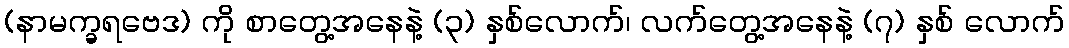
(နာမက္ခရဗေဒ) ကို စာတွေ့အနေနဲ့ (၃) နှစ်လောက်၊ လက်တွေ့အနေနဲ့ (၇) နှစ် လောက်